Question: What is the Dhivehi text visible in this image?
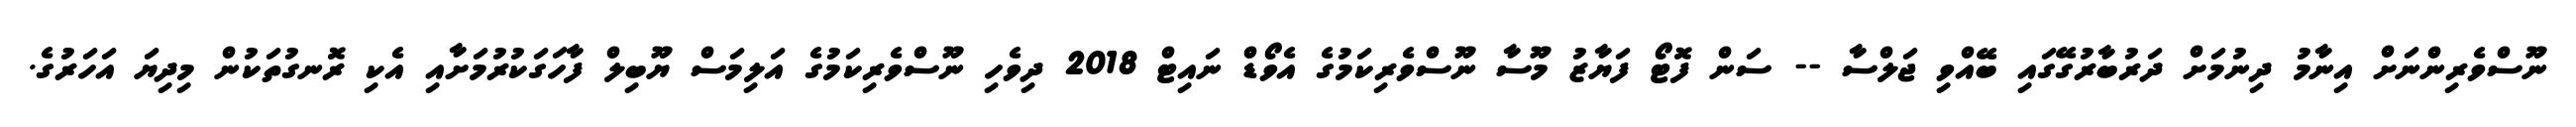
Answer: ނޫސްވެރިންނަށް އިނާމު ދިނުމަށް ދަރުބާރުގޭގައި ބޭއްވި ޖަލްސާ -- ސަން ފޮޓޯ ފަޔާޒު މޫސާ ނޫސްވެރިކަމުގެ އެވޯޑް ނައިޓް 2018 ދިވެހި ނޫސްވެރިކަމުގެ އަލިމަސް ޔޫބިލް ފާހަގަކުރުމަށާއި އެކި ރޮނގުތަކުން މިދިޔަ އަހަރުގެ.